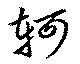
軻